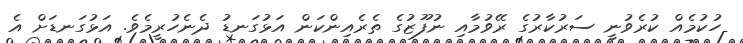
ހުކުމެއް ކުރެވުނީ ސަރުކާރުގެ ރޭވުމާއި ނުފޫޒުގެ ތެރެއިންކަން އަޅުގަނޑު ދެނެހުރީމެވެ. އަޅުގަނޑަށް އެ